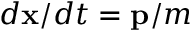
d \mathbf { x } / d t = \mathbf { p } / m